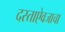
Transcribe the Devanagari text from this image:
दस्ताऐवजाचा